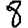
Digit: 8